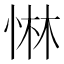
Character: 惏